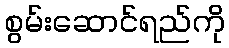
စွမ်းဆောင်ရည်ကို